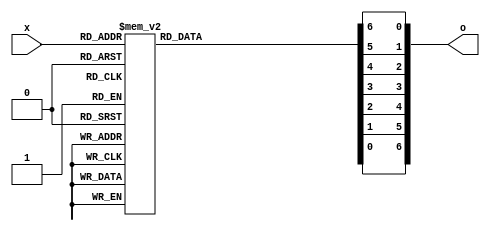
module seven_seg_decoder(o,x);
	input [3:0] x;
	output [6:0] o;
	reg [6:0] o;
	
	always @(x[3] or x[2] or x[1] or x[0])
	begin
		case({x[3],x[2],x[1],x[0]})
			4'b0000: {o[0],o[1],o[2],o[3],o[4],o[5],o[6]} = 7'b0000001;
			4'b0001: {o[0],o[1],o[2],o[3],o[4],o[5],o[6]} = 7'b1001111;
			4'b0010: {o[0],o[1],o[2],o[3],o[4],o[5],o[6]} = 7'b0010010;
			4'b0011: {o[0],o[1],o[2],o[3],o[4],o[5],o[6]} = 7'b0000110;
			4'b0100: {o[0],o[1],o[2],o[3],o[4],o[5],o[6]} = 7'b1001100;
			4'b0101: {o[0],o[1],o[2],o[3],o[4],o[5],o[6]} = 7'b0100100;
			4'b0110: {o[0],o[1],o[2],o[3],o[4],o[5],o[6]} = 7'b0100000;
			4'b0111: {o[0],o[1],o[2],o[3],o[4],o[5],o[6]} = 7'b0001111;
			4'b1000: {o[0],o[1],o[2],o[3],o[4],o[5],o[6]} = 7'b0000000;
			4'b1001: {o[0],o[1],o[2],o[3],o[4],o[5],o[6]} = 7'b0000100;
			4'b1010: {o[0],o[1],o[2],o[3],o[4],o[5],o[6]} = 7'b0001000;
			4'b1011: {o[0],o[1],o[2],o[3],o[4],o[5],o[6]} = 7'b1100000;
			4'b1100: {o[0],o[1],o[2],o[3],o[4],o[5],o[6]} = 7'b0110001;
			4'b1101: {o[0],o[1],o[2],o[3],o[4],o[5],o[6]} = 7'b1000010;
			4'b1110: {o[0],o[1],o[2],o[3],o[4],o[5],o[6]} = 7'b0110000;
			4'b1111: {o[0],o[1],o[2],o[3],o[4],o[5],o[6]} = 7'b0111000;
		endcase
	end
endmodule